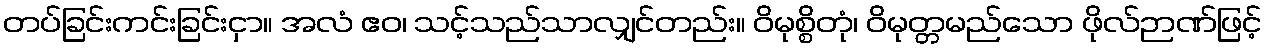
တပ်ခြင်းကင်းခြင်းငှာ။ အလံ ဧဝ၊ သင့်သည်သာလျှင်တည်း။ ဝိမုစ္စိတုံ၊ ဝိမုတ္တမည်သော ဖိုလ်ဉာဏ်ဖြင့်